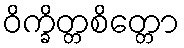
ဝိက္ခိတ္တစိတ္တော